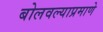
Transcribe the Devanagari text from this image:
बोलवल्याप्रमाणे